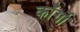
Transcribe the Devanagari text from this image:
काँर्गो